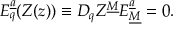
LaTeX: { E } _ { q } ^ { \underline { { a } } } ( Z ( z ) ) \equiv D _ { q } Z ^ { \underline { { M } } } E _ { \underline { { M } } } ^ { \underline { { a } } } = 0 .